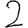
Digit: 2